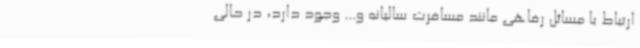
ارتباط با مسائل رفاهی مانند مسافرت سالیانه و... وجود دارد، در حالی